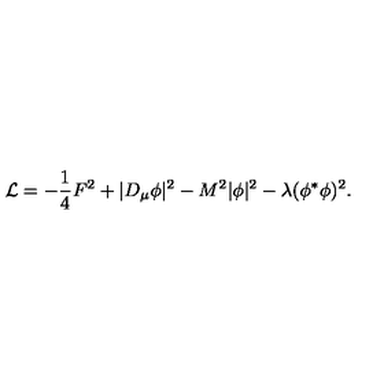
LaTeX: { \cal L } = - { \frac { 1 } { 4 } } F ^ { 2 } + | D _ { \mu } \phi | ^ { 2 } - M ^ { 2 } | \phi | ^ { 2 } - \lambda ( \phi ^ { * } \phi ) ^ { 2 } .